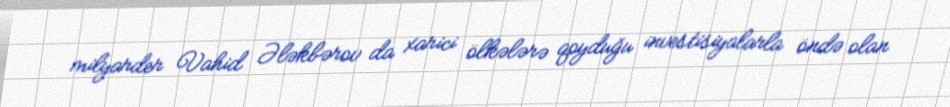
milyarder Vahid Ələkbərov da xarici ölkələrə qoyduğu investisiyalarla öndə olan